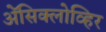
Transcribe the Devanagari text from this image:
ॲेसिक्लोव्हिर